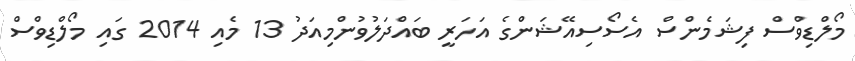
މޯލްޑިވްސް ފިޝަމެންސް އެސޯސިއޭޝަންގެ އަހަރީ ބައްދަލުވުންމިއަދު 13 މެއި 2014 ގައި މޯލްޑިވްސް